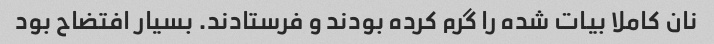
نان کاملا بیات شده را گرم کرده بودند و فرستادند. بسیار افتضاح بود